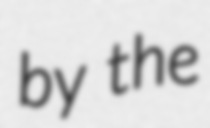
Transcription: by the